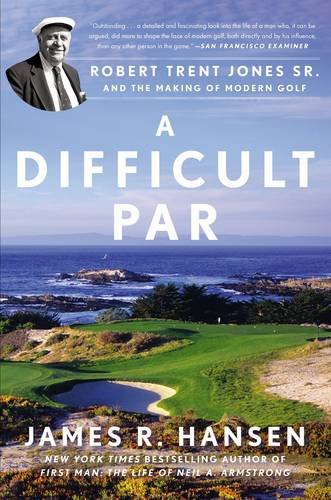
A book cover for A Difficult Par: Robert Trent Jones Sr. and the Making of Modern Golf; James R. Hansen; Biographies & Memoirs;